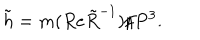
\tilde { h } = m ( R e { \tilde { R } } ^ { - 1 } ) / P ^ { 3 } .